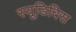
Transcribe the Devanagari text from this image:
स्यूडिबिस